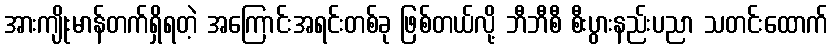
အားကျိုးမာန်တက်ရှိရတဲ့ အကြောင်းအရင်းတစ်ခု ဖြစ်တယ်လို့ ဘီဘီစီ စီးပွားနည်းပညာ သတင်းထောက်